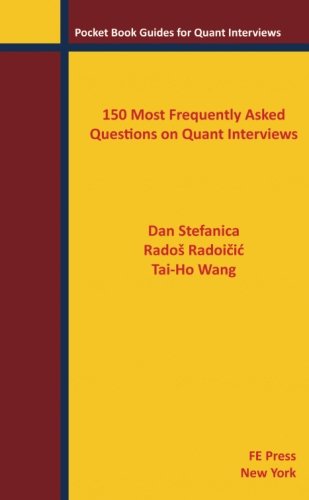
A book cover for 150 Most Frequently Asked Questions on Quant Interviews (Pocket Book Guides for Quant Interviews); Dan Stefanica; Business & Money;